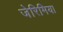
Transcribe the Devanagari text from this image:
जेरिमिया